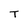
Character: T